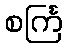
စင်္ကြ